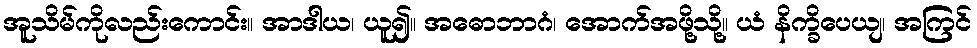
အူသိမ်ကိုလည်းကောင်း။ အာဒါယ၊ ယူ၍။ အဓောဘာဂံ၊ အောက်အဖို့သို့။ ယံ နိက္ခိပေယျ၊ အကြင်